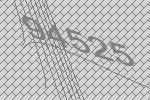
94525